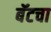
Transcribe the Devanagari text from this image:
बॅटचा